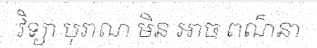
វិទ្យា បុរាណ មិន អាច ពណ៌នា